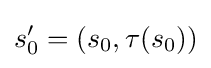
s_{0}'=(s_{0},\tau (s_{0}))